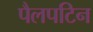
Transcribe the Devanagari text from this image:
पैलपटिन